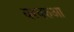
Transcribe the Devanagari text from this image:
बरबरुआ